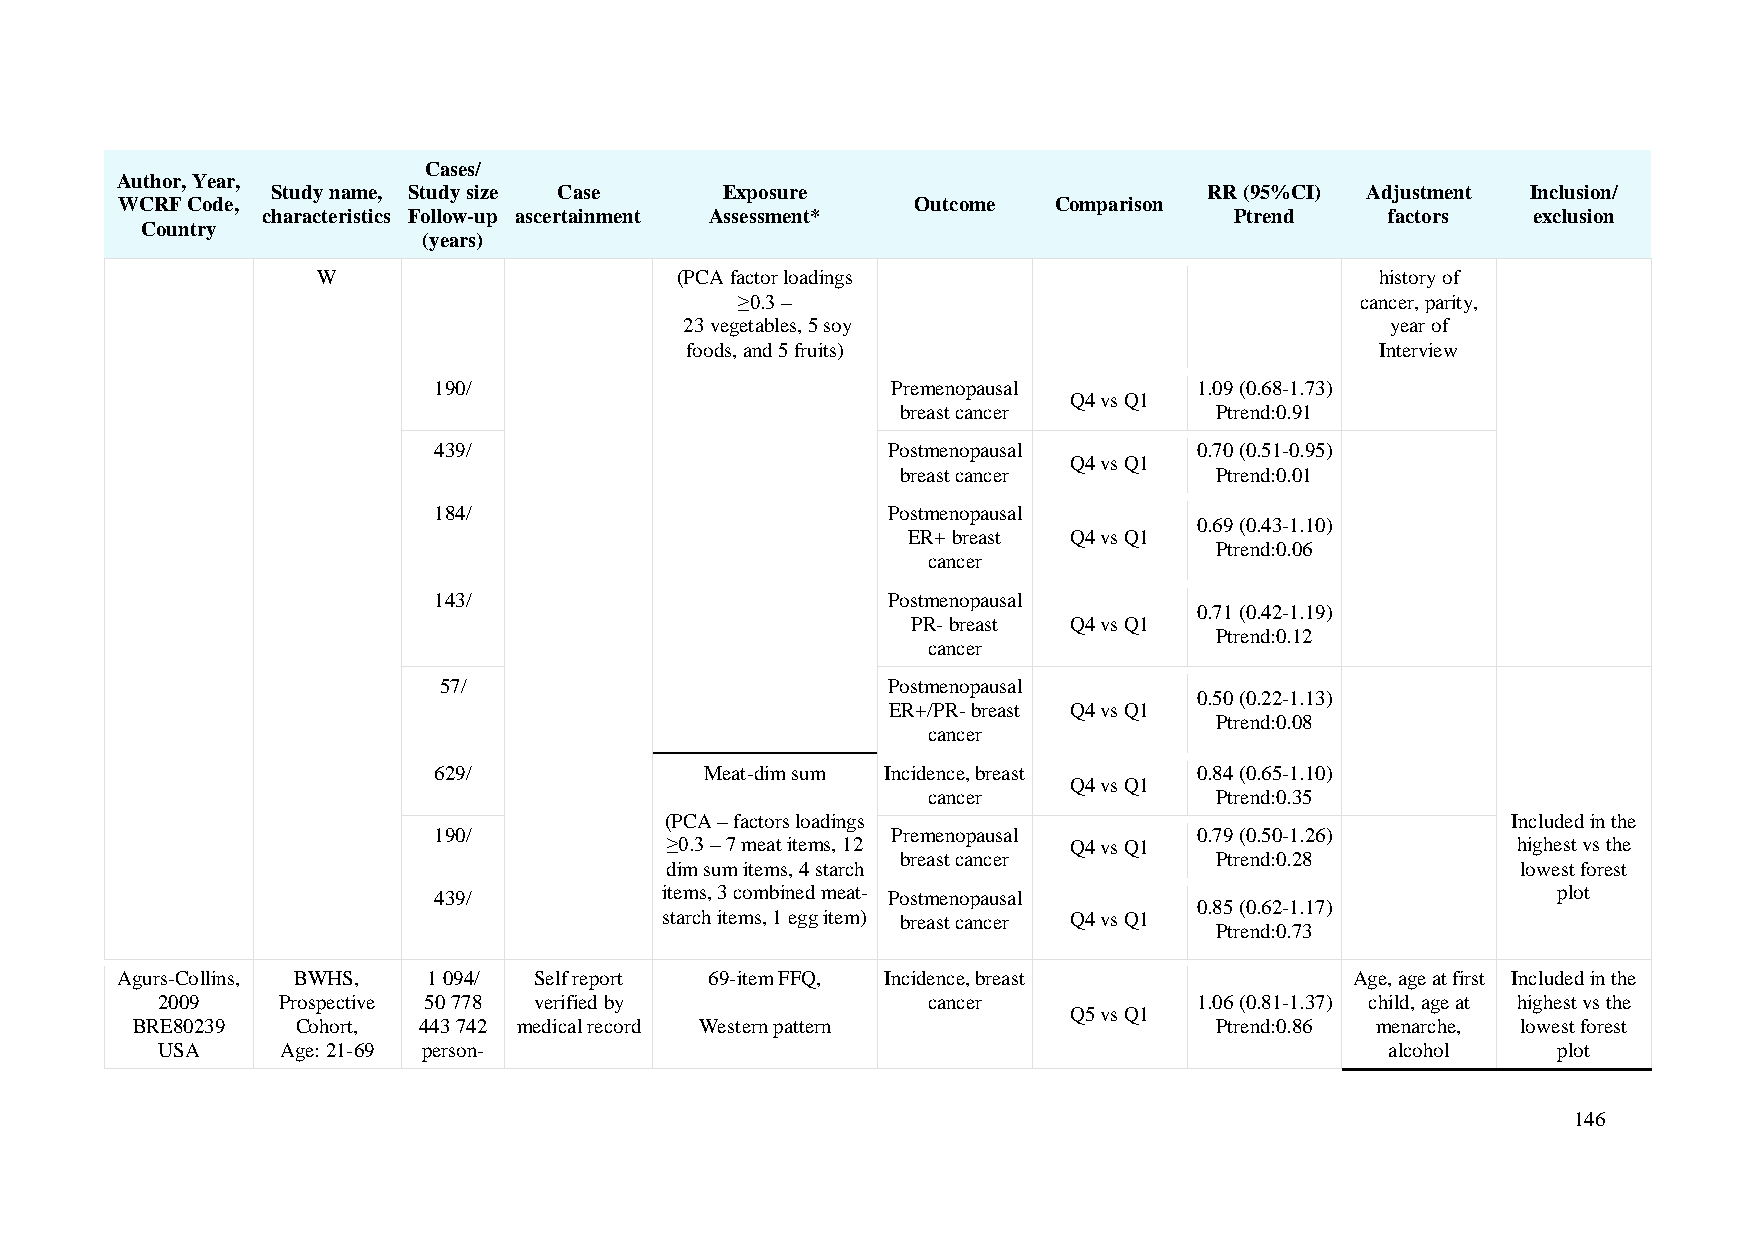
Cases/
 Author, Year,
 Study name, Study size Case   Exposure                        RR (95%CI) Adjustment Inclusion/
 WCRF Code,                                           Outcome  Comparison
 characteristics Follow-up ascertainment Assessment*              Ptrend    factors  exclusion
 Country
 (years)
 W                       (PCA factor loadings                          history of
 ≥0.3 –                                   cancer, parity,
 23 vegetables, 5 soy                           year of
 foods, and 5 fruits)                          Interview
 190/                          Premenopausal       1.09 (0.68-1.73)
 Q4 vs Q1
 breast cancer       Ptrend:0.91
 439/                          Postmenopausal      0.70 (0.51-0.95)
 Q4 vs Q1
 breast cancer       Ptrend:0.01
 184/                          Postmenopausal
 0.69 (0.43-1.10)
 ER+ breast Q4 vs Q1
 Ptrend:0.06
 cancer
 143/                          Postmenopausal
 0.71 (0.42-1.19)
 PR- breast Q4 vs Q1
 Ptrend:0.12
 cancer
 57/                           Postmenopausal
 0.50 (0.22-1.13)
 ER+/PR- breast Q4 vs Q1
 Ptrend:0.08
 cancer
 629/              Meat-dim sum Incidence, breast  0.84 (0.65-1.10)
 Q4 vs Q1
 cancer             Ptrend:0.35
 (PCA – factors loadings                                 Included in the
 190/                          Premenopausal       0.79 (0.50-1.26)
 ≥0.3 – 7 meat items, 12    Q4 vs Q1                     highest vs the
 breast cancer       Ptrend:0.28
 dim sum items, 4 starch                                  lowest forest
 439/           items, 3 combined meat- Postmenopausal                     plot
 0.85 (0.62-1.17)
 starch items, 1 egg item) breast cancer Q4 vs Q1
 Ptrend:0.73
 Agurs-Collins, BWHS, 1 094/ Self report 69-item FFQ, Incidence, breast            Age, age at first Included in the
 2009    Prospective 50 778 verified by             cancer            1.06 (0.81-1.37) child, age at highest vs the
 Q5 vs Q1
 BRE80239   Cohort, 443 742 medical record Western pattern              Ptrend:0.86 menarche, lowest forest
 USA      Age: 21-69 person-                                                       alcohol    plot
 146